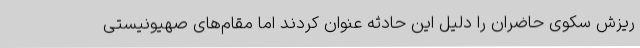
ریزش سکوی حاضران را دلیل این حادثه عنوان کردند اما مقام‌های صهیونیستی